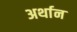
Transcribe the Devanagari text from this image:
अर्थान